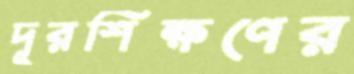
দূরশিক্ষণের